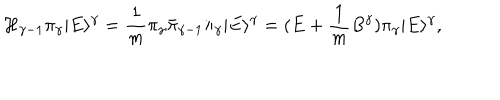
LaTeX: { \mathcal { H } } _ { \gamma - 1 } \pi _ { \gamma } | E \rangle ^ { \gamma } = \frac { 1 } { m } \pi _ { \gamma } \bar { \pi } _ { \gamma - 1 } \pi _ { \gamma } | E \rangle ^ { \gamma } = ( E + \frac { 1 } { m } B ^ { \gamma } ) \pi _ { \gamma } | E \rangle ^ { \gamma } ,